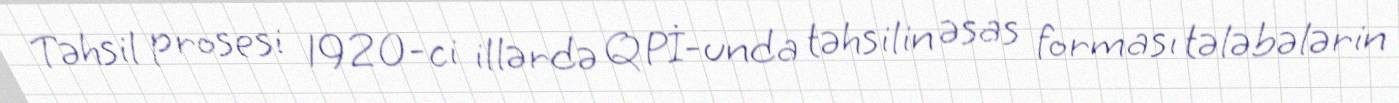
Təhsil prosesi 1920-ci illərdə QPİ-unda təhsilin əsas forması tələbələrin